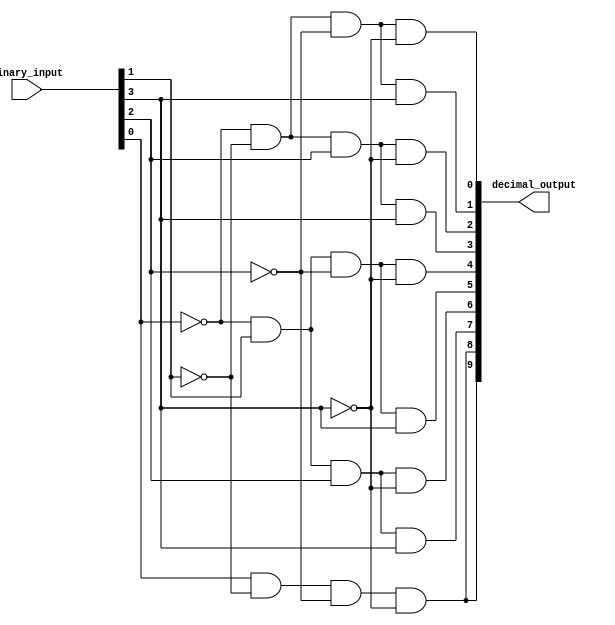
module decimal_decoder(
    input [3:0] binary_input,
    output [9:0] decimal_output
);

assign decimal_output[0] = ~binary_input[0] & ~binary_input[1] & ~binary_input[2] & ~binary_input[3]; // Decimal output for binary input 0000
assign decimal_output[1] = ~binary_input[0] & ~binary_input[1] & ~binary_input[2] & binary_input[3]; // Decimal output for binary input 0001
assign decimal_output[2] = ~binary_input[0] & ~binary_input[1] & binary_input[2] & ~binary_input[3]; // Decimal output for binary input 0010
assign decimal_output[3] = ~binary_input[0] & ~binary_input[1] & binary_input[2] & binary_input[3]; // Decimal output for binary input 0011
assign decimal_output[4] = ~binary_input[0] & binary_input[1] & ~binary_input[2] & ~binary_input[3]; // Decimal output for binary input 0100
assign decimal_output[5] = ~binary_input[0] & binary_input[1] & ~binary_input[2] & binary_input[3]; // Decimal output for binary input 0101
assign decimal_output[6] = ~binary_input[0] & binary_input[1] & binary_input[2] & ~binary_input[3]; // Decimal output for binary input 0110
assign decimal_output[7] = ~binary_input[0] & binary_input[1] & binary_input[2] & binary_input[3]; // Decimal output for binary input 0111
assign decimal_output[8] = binary_input[0] & ~binary_input[1] & ~binary_input[2] & ~binary_input[3]; // Decimal output for binary input 1000
assign decimal_output[9] = binary_input[0] & ~binary_input[1] & ~binary_input[2] & ~binary_input[3]; // Decimal output for binary input 1000

endmodule